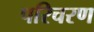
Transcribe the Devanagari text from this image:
परिचरण